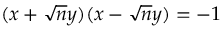
( x + { \sqrt { n } } y ) ( x - { \sqrt { n } } y ) = - 1